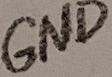
Text: GND